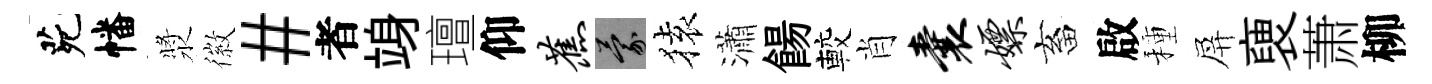
茕幡漿徽#者竧璮仰蕉蒙𫞤瀟餳較肖囊嫖畜啟種屏褏萧柳